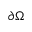
\partial \Omega